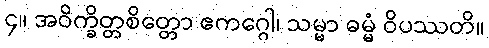
၄။ အဝိက္ခိတ္တစိတ္တော ဧကဂ္ဂေါ၊ သမ္မာ ဓမ္မံ ဝိပဿတိ။